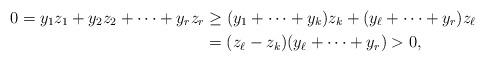
LaTeX: \begin{align*}0 = y_1z_1 + y_2z_2 + \cdots + y_rz_r &\ge (y_1+\cdots+y_k)z_k + (y_\ell+\cdots+y_r)z_\ell \\&= (z_\ell-z_k)(y_\ell+\cdots+y_r) > 0,\end{align*}